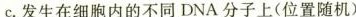
c.发生在细胞内的不同DNA分子上(位置随机)